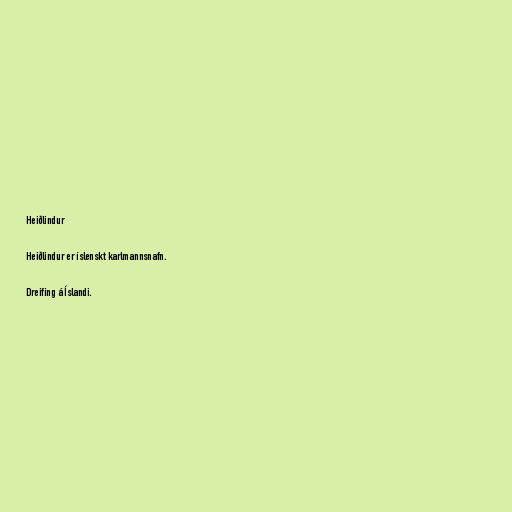
Heiðlindur

Heiðlindur er íslenskt karlmannsnafn.

Dreifing á Íslandi.